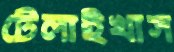
টেলাইখাস